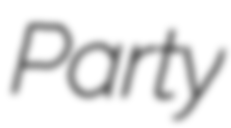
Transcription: Party